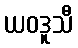
ယဝဒူသီ